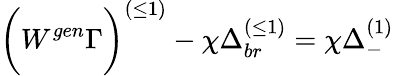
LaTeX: \biggl(W^{gen}\Gamma\biggr)^{(\leq 1)}-\chi\Delta_{br}^{(\leq 1)}=\chi\Delta_{-}^{(1)}